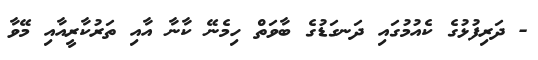
- ދަރިފުޅުގެ ކެއުމުގައި ދަނގަޑުގެ ބާވަތް ހިމެނޭ ކާނާ އާއި ތަރުކާރީއާއި މޭވާ